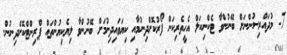
7- މުދައްރިސުންނަށް ބޭނުންވާ ޓެކްނިކަލް އެހީތެރިކަން ފޯރުކޮށްދިނުމާއި ކިޔަވައިދިނުމަށް ބޭނުންވާ ލިޔެކިޔުންތައް ޕްރިންޓްކޮށްދިނުން.